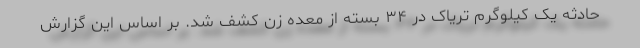
حادثه یک کیلوگرم تریاک در ۳۴ بسته از معده زن کشف شد. بر اساس این گزارش